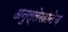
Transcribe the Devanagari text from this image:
अनुल्लेखानेच